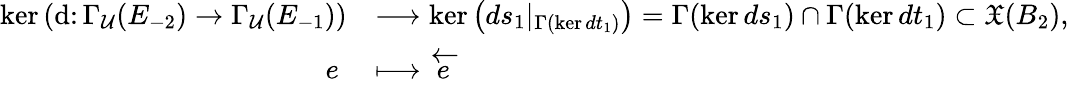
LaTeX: \begin{array}{rl}{\ker\left(\mathrm{d}\colon\Gamma_{\mathcal{U}}(E_{-2})\rightarrow\Gamma_{\mathcal{U}}(E_{-1})\right)}&{\longrightarrow\ker\left(ds_{1}|_{\Gamma(\ker dt_{1})}\right)=\Gamma(\ker ds_{1})\cap\Gamma(\ker dt_{1})\subset\mathfrak{X}(B_{2}),}\\ {e\; }&{\longmapsto\overleftarrow{e}}\end{array}